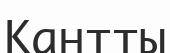
Кантты